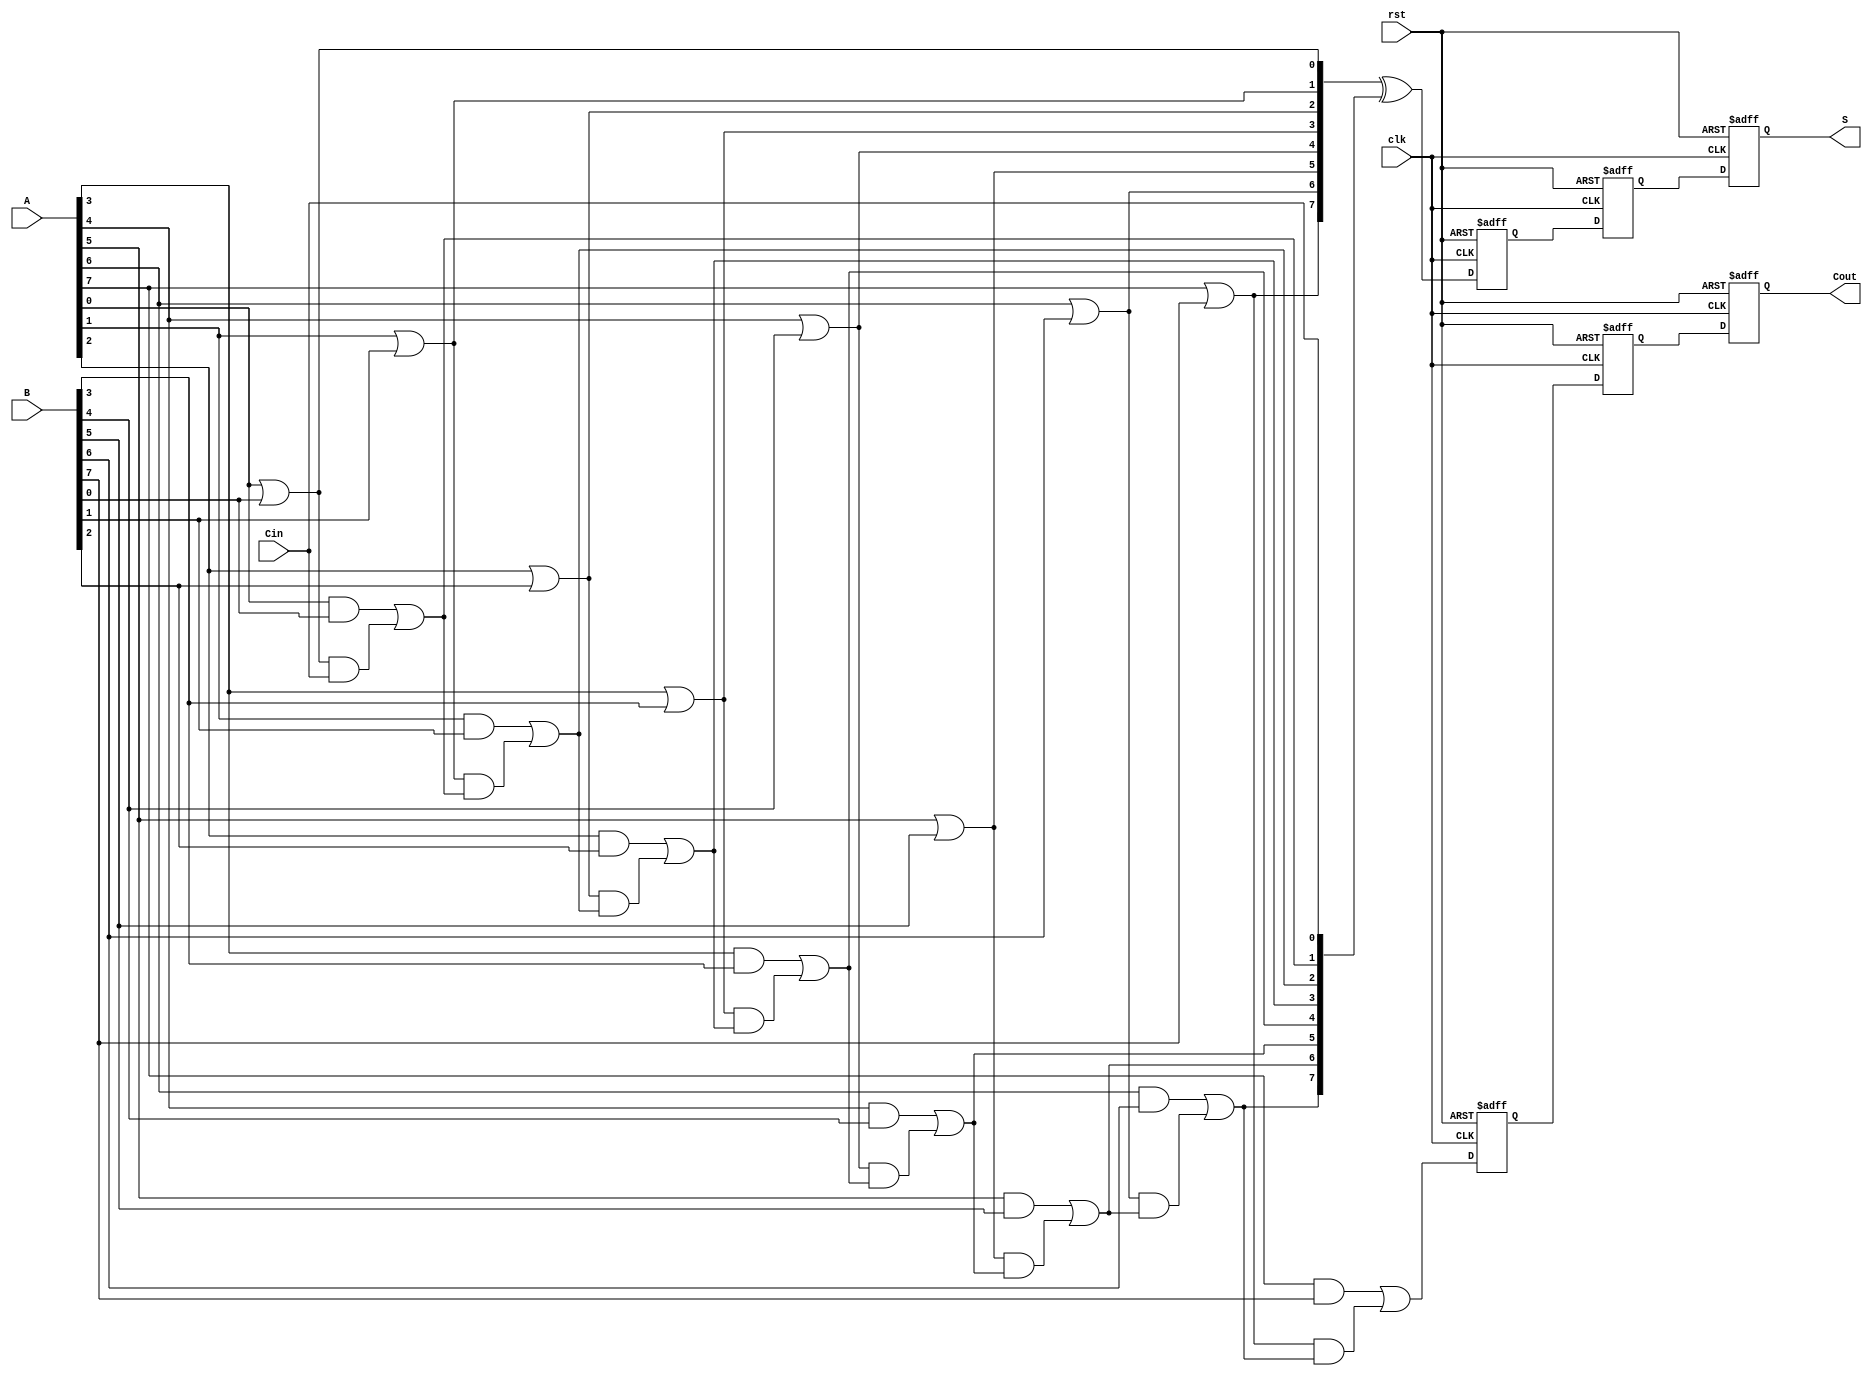
module PipelinedCLA #(
    parameter N = 8,  // Width of the input binary numbers
    parameter STAGES = 2  // Number of pipeline stages
)(
    input wire clk,
    input wire rst,
    input wire [N-1:0] A,
    input wire [N-1:0] B,
    input wire Cin,
    output reg [N-1:0] S,
    output reg Cout
);

    // Intermediate signals for carry lookahead logic
    wire [N-1:0] G;  // Generate signals
    wire [N-1:0] P;  // Propagate signals
    wire [N:0] C;    // Carry signals

    // Carry Lookahead Logic
    genvar i;
    generate
        for (i = 0; i < N; i = i + 1) begin: cla_logic
            assign G[i] = A[i] & B[i];     // Generate
            assign P[i] = A[i] | B[i];     // Propagate
        end
    endgenerate

    // Carry Calculation
    assign C[0] = Cin;
    generate
        for (i = 0; i < N; i = i + 1) begin: carry_calc
            if (i == 0) begin
                assign C[i+1] = G[i] | (P[i] & C[i]);
            end else begin
                assign C[i+1] = G[i] | (P[i] & C[i]);
            end
        end
    endgenerate

    // Sum Calculation
    wire [N-1:0] sum;
    assign sum = P ^ C[N-1:0];  // S[i] = P[i] XOR C[i]

    // Pipelining registers
    reg [N-1:0] sum_reg [0:STAGES-1];
    reg [N:0] carry_reg [0:STAGES-1];

    // Stage processing
    integer stage;
    always @(posedge clk or posedge rst) begin
        if (rst) begin
            S <= 0;
            Cout <= 0;
            for (stage = 0; stage < STAGES; stage = stage + 1) begin
                sum_reg[stage] <= 0;
                carry_reg[stage] <= 0;
            end
        end else begin
            // Shift the pipeline registers
            for (stage = STAGES-1; stage > 0; stage = stage - 1) begin
                sum_reg[stage] <= sum_reg[stage-1];
                carry_reg[stage] <= carry_reg[stage-1];
            end
            
            // First stage
            sum_reg[0] <= sum;
            carry_reg[0] <= C[N];

            // Output from the last stage
            S <= sum_reg[STAGES-1];
            Cout <= carry_reg[STAGES-1];
        end
    end

endmodule